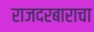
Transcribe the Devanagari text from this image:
राजदरबाराचा